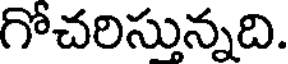
గోచరిస్తున్నది.